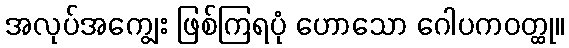
အလုပ်အကျွေး ဖြစ်ကြရပုံ ဟောသော ဂေါပကဝတ္ထု။